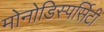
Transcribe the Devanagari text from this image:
मोनोडिस्पर्सिटी